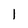
Character: 1